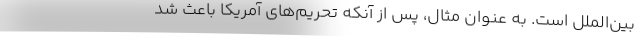
بین‌الملل است. به عنوان مثال، پس از آنكه تحریم‌های آمریكا باعث شد